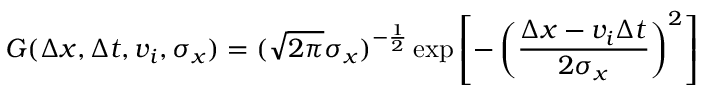
G ( \Delta x , \Delta t , v _ { i } , \sigma _ { x } ) = ( \sqrt { 2 \pi } \sigma _ { x } ) ^ { - \frac { 1 } { 2 } } \exp \left[ - \left( \frac { \Delta x - v _ { i } \Delta t } { 2 \sigma _ { x } } \right) ^ { 2 } \right]